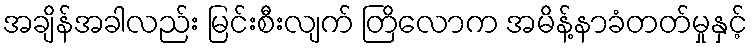
အချိန်အခါလည်း မြင်းစီးလျက် တြိလောက အမိန့်နာခံတတ်မှုနှင့်